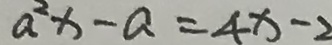
a ^ { 2 } x - a = 4 x - 2